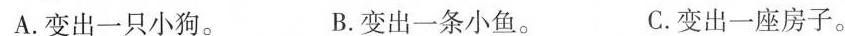
A.变出一只小狗。 B.变出一条小鱼。 C.变出一座房子。